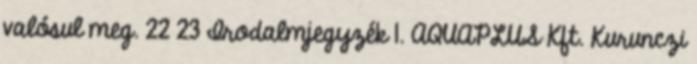
valósul meg. 22 23 Irodalmjegyzék 1. AQUAPLUS Kft. Kurunczi